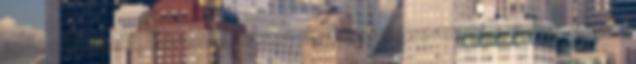
10-es számút. Kérem döntsenek. Ez a végszavazás. a 69 1998.